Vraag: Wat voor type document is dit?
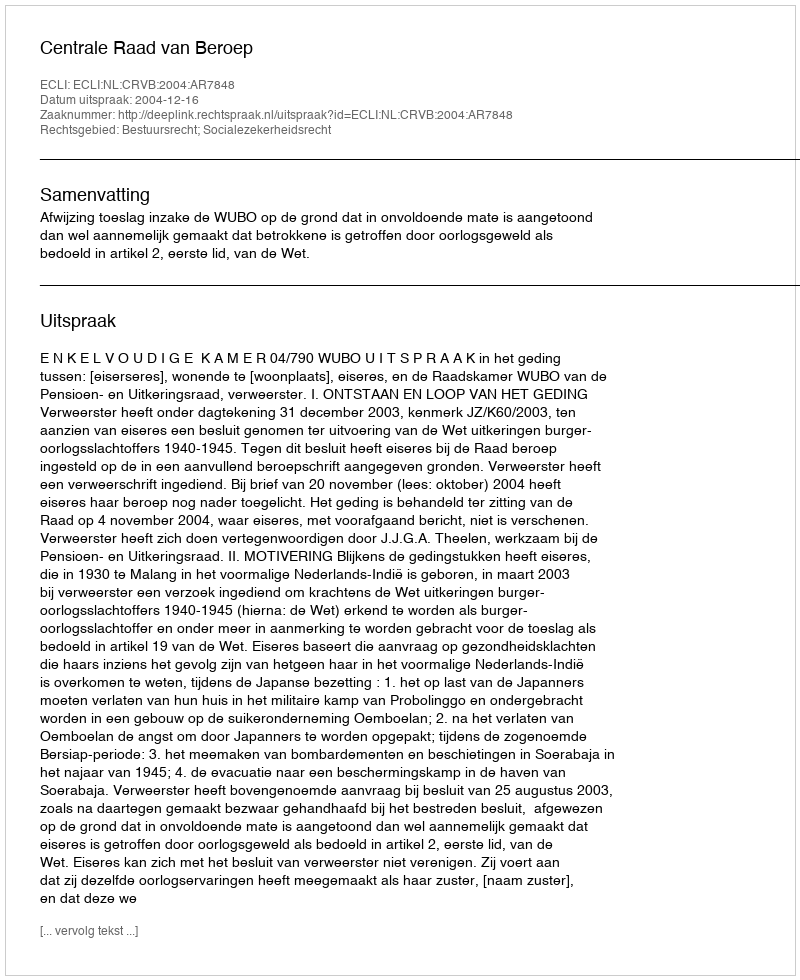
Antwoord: Uitspraak